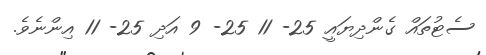
ސެޓުތައް ގެންދިޔައީ 25- 11 25- 9 އަދި 25- 11 އިންނެވެ.